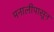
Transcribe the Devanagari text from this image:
मनालीपासून